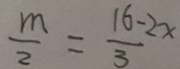
\frac { m } { 2 } = \frac { 1 6 - 2 x } { 3 }